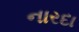
નારદા